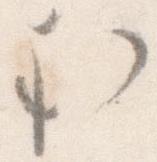
む